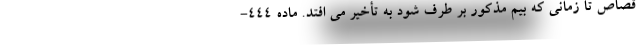
قصاص تا زمانی که بیم مذکور بر طرف شود به تأخیر می افتد. ماده ۴۴۴-